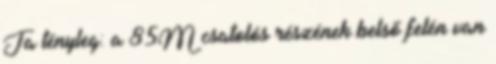
Ja tényleg: a 85M csatolós részének belső felén van